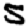
Digit: 5